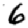
Digit: 6